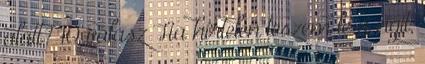
alatt? 10 válasz Ha hirtelen teszem le a cigit,